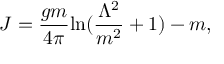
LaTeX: J = \frac { g m } { 4 \pi } \mathrm { l n } ( \frac { \Lambda ^ { 2 } } { m ^ { 2 } } + 1 ) - m ,